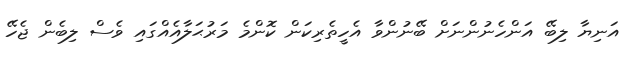
އަނިޔާ ލިބޭ އަންހެނުންނަށް ބޭނުންވާ އެހީތެރިކަން ކޮންމެ މަރުޙަލާއެއްގައި ވެސް ލިބެން ޖެހޭ